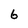
Character: 6